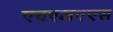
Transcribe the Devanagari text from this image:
एचएमएएस